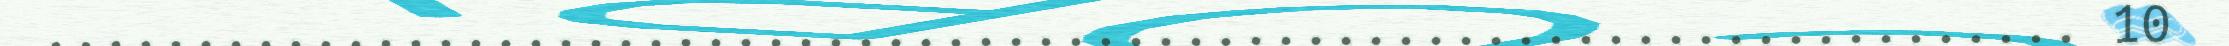
.................................................................... 10